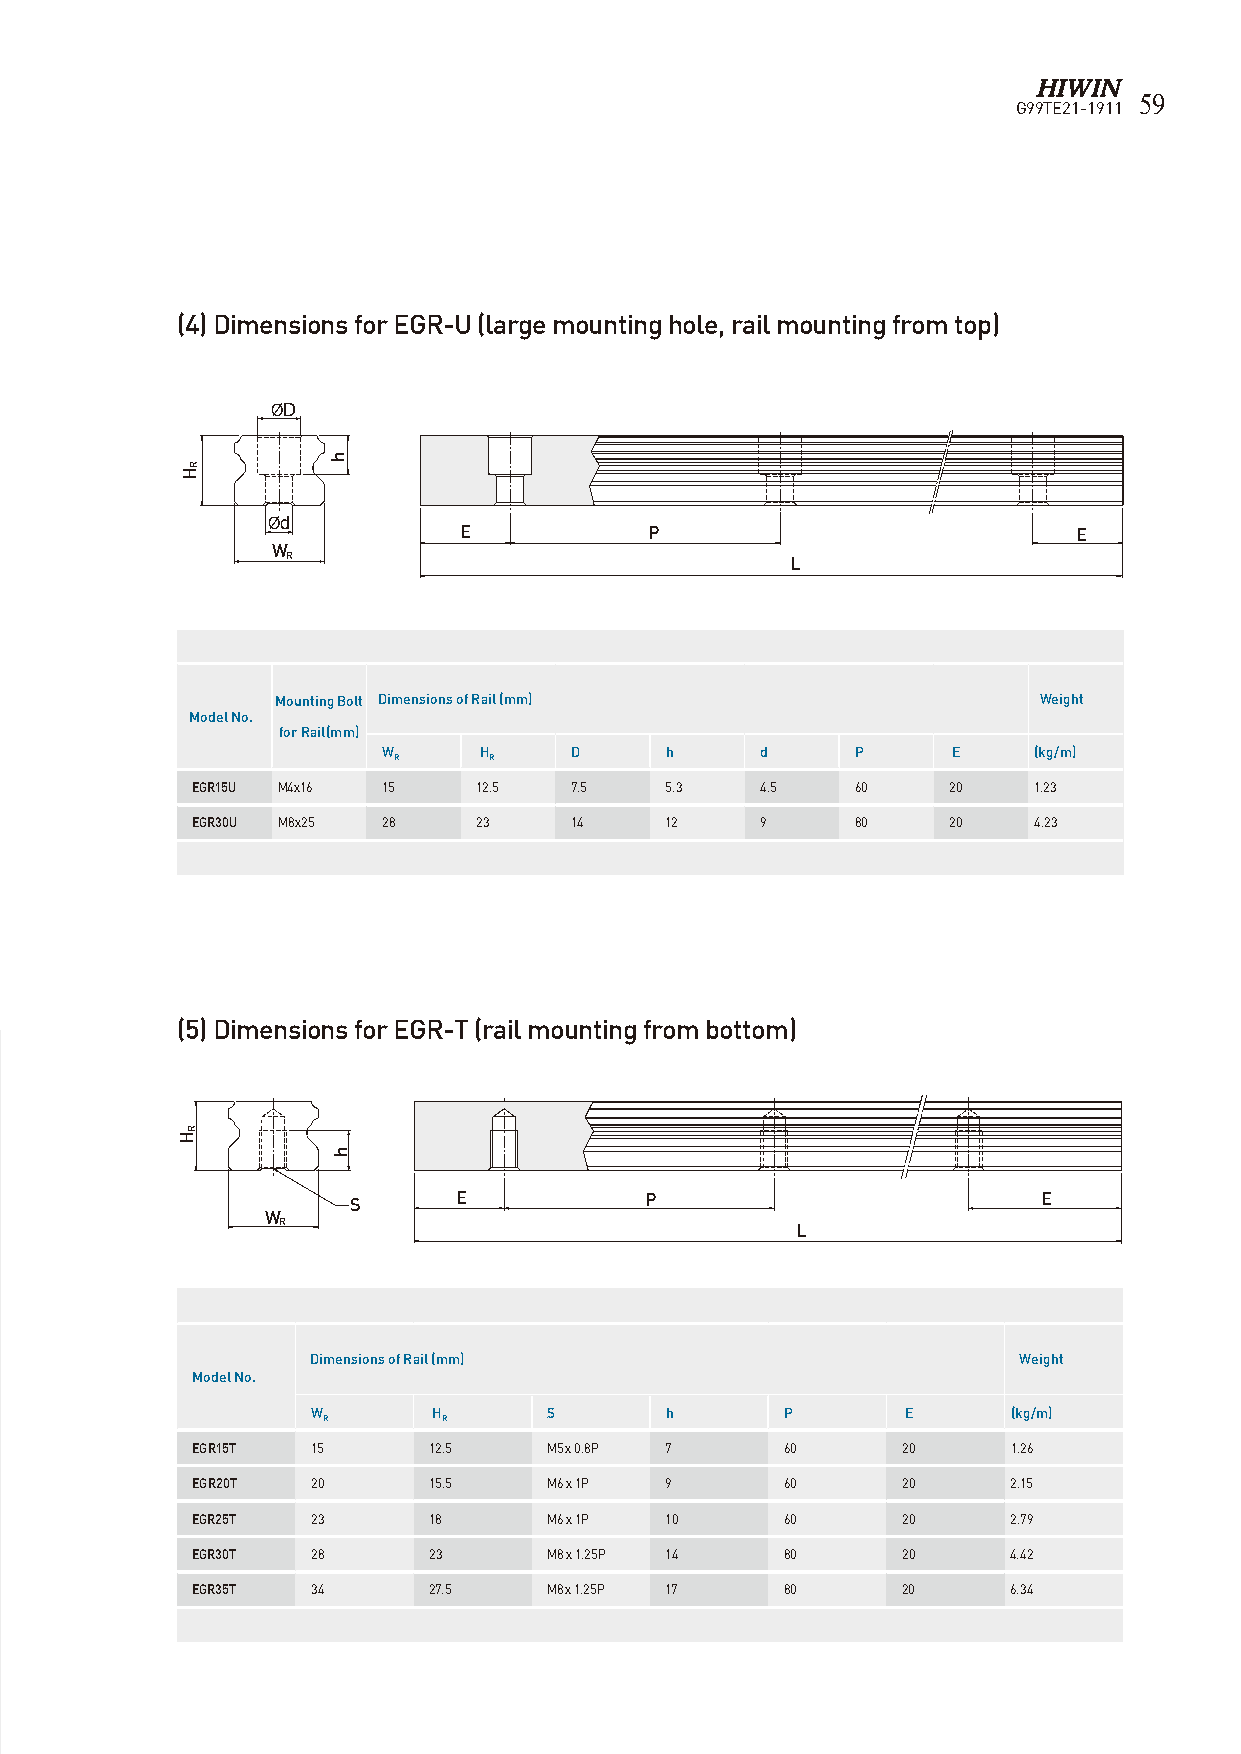
59
 G99TE21-1911
 (4) Dimensions for EGR-U (large mounting hole, rail mounting from top)
 ØD
 Ød
 E            P                           E
 W
 R                                L
 Mounting Bolt Dimensions of Rail (mm)              Weight
 Model No.
 for Rail(mm)
 W      H     D     h     d      P     E    (kg/m)
 R     R
 EGR15U M4x16 15    12.5  7.5   5.3   4.5    60    20   1.23
 EGR30U M8x25 28    23    14    12    9      80    20   4.23
 (5) Dimensions for EGR-T (rail mounting from bottom)
 S      E            P                         E
 W
 R                                  L
 Dimensions of Rail (mm)                       Weight
 Model No.
 W       H      S       h       P       E      (kg/m)
 R       R
 EGR15T  15     12.5    M5 x 0.8P 7     60      20     1.26
 EGR20T  20     15.5    M6 x 1P 9       60      20     2.15
 EGR25T  23     18      M6 x 1P 10      60      20     2.79
 EGR30T  28     23      M8 x 1.25P 14   80      20     4.42
 EGR35T  34     27.5    M8 x 1.25P 17   80      20     6.34
 RH
 RH
 h
 h